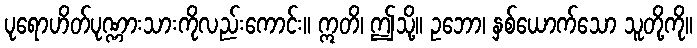
ပုရောဟိတ်ပုဏ္ဏားသားကိုလည်းကောင်း။ ဣတိ၊ ဤသို့။ ဥဘော၊ နှစ်ယောက်သော သူတို့ကို။